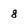
Character: 8